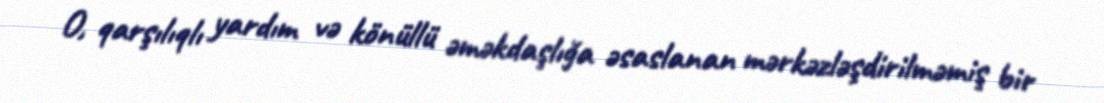
O, qarşılıqlı yardım və könüllü əməkdaşlığa əsaslanan mərkəzləşdirilməmiş bir